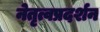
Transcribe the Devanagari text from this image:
नेतृत्वप्रदर्शन